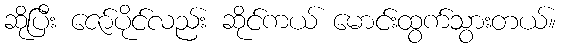
ဆိုပြီး ဇော်ပိုင်လည်း ဆိုင်ကယ် မောင်းထွက်သွားတယ်။